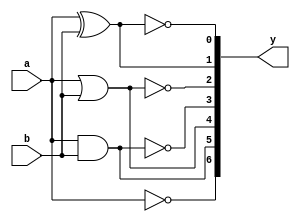
//Data Flow Modelling
module Basic_gates(
    input a,
    input b,
    output [0:6]y   
    );
    assign y[0]=~a;
    assign y[1]=a&b;
    assign y[2]=a|b;
    assign y[3]=~(a &b);
    assign y[4]=~(a|b);
    assign y[5]=a^b;
    assign y[6]=~(a^b);
    endmodule